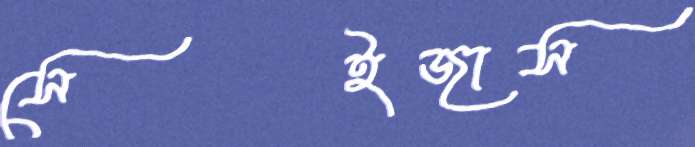
সেইজাস